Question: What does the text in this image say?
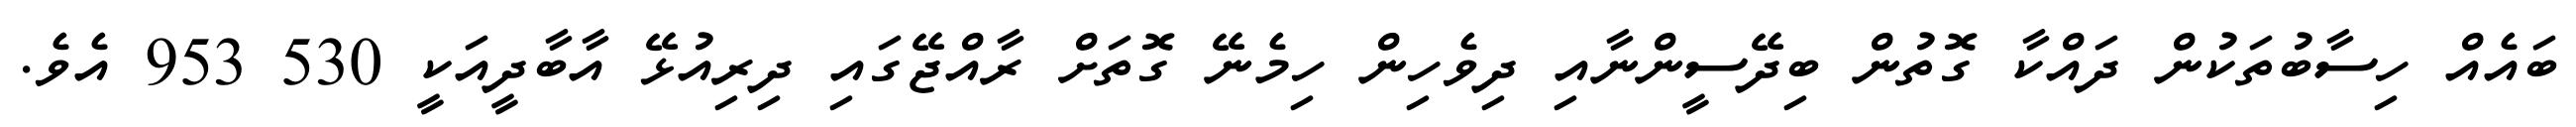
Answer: ބައެއް ހިސާބުތަކުން ދައްކާ ގޮތުން ބިދޭސީންނާއި ދިވެހިން ހިމެނޭ ގޮތަށް ރާއްޖޭގައި ދިރިއުޅޭ އާބާދީއަކީ 530 953 އެވެ.